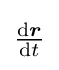
{\textstyle {\frac {\mathrm {d} {\boldsymbol {r}}}{\mathrm {d} t}}}